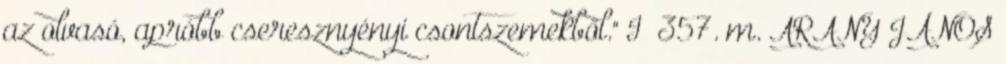
az olvasó, apróbb cseresznyényi csontszemekből." I 357. m. ARANY JÁNOS